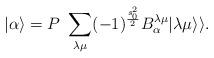
LaTeX: \begin{align*}|\alpha\rangle= P \ \sum_{\lambda \mu} (-1)^{\frac{s_0^2}{2}} B_{\alpha}^{\lambda \mu} |\lambda \mu \rangle\rangle.\end{align*}